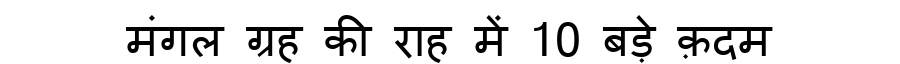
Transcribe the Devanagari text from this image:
मंगल ग्रह की राह में 10 बड़े क़दम